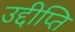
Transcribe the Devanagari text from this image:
उद्दीप्ति